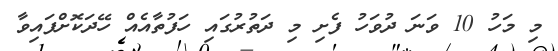
މި މަހު 10 ވަނަ ދުވަހު ފެށި މި ދަތުރުގައި ހަފުތާއެއް ހޭދަކޮށްފައިވާ